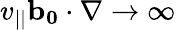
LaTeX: v_{||}\mathbf{b_{0}}\cdot\nabla\to\infty